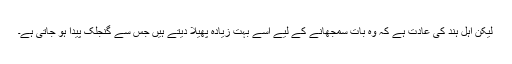
لیکن اہل ہند کی عادت ہے کہ وہ بات سمجھانے کے لیے اسے بہت زیادہ پھیلا دیتے ہیں جس سے گنجلک پیدا ہو جاتی ہے۔